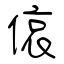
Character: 偯